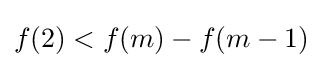
f(2)<f(m)-f(m-1)